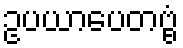
ဥပယာပေတဗ္ဗံ